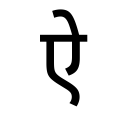
OCR:
ऐ